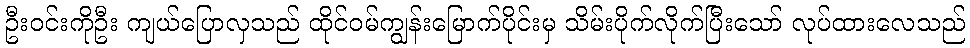
ဦးဝင်းကိုဦး ကျယ်ပြောလှသည် ထိုင်ဝမ်ကျွန်းမြောက်ပိုင်းမှ သိမ်းပိုက်လိုက်ပြီးသော် လုပ်ထားလေသည်